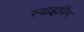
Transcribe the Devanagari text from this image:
स्वाइपिंग